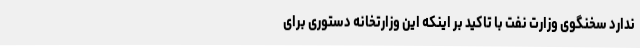
ندارد سخنگوی وزارت نفت با تاکید بر اینکه این وزارتخانه دستوری برای